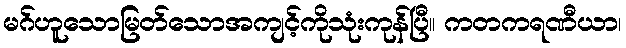
မဂ်ဟူသောမြတ်သောအကျင့်ကိုသုံးကုန်ပြီ။ ကတကရဏီယာ၊